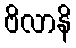
ဗိလာနိ